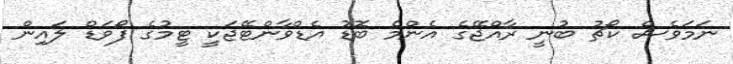
ނަމަވެސް ކޯޗު ބުނީ ރާއްޖޭގެ އެންމެ ބޮޑު އެޑްވާންޓޭޖަކީ ޓީމުގެ ފޯވަޑް ލައިން